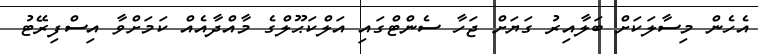
އެހެން މިސާލަކަށް ބަލާއިރު ގަޔަށް ޖަހާ ސެންޓްގައި އަލްކަޙޫލްގެ މާއްދާއެއް ކަމަށްވާ އިސްފިރޭޓު